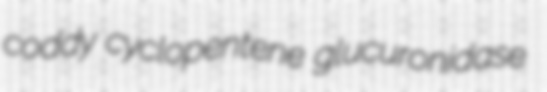
coddy cyclopentene glucuronidase